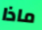
ماذا